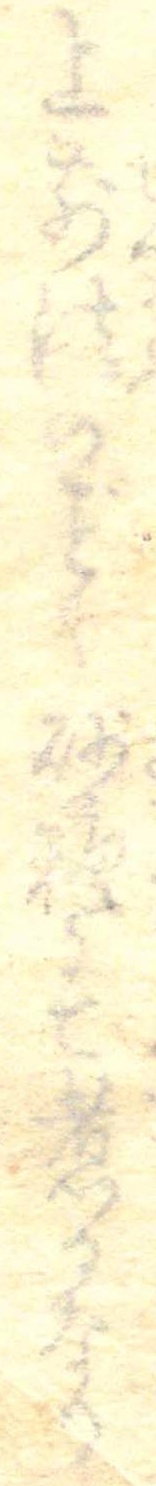
上前法のく砂糖にて煮るなり